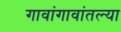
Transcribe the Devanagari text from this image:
गावांगावांतल्या